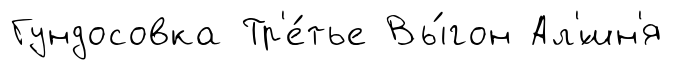
Гундосовка Тр'е́тье Вы́гон Ал'́шн'я